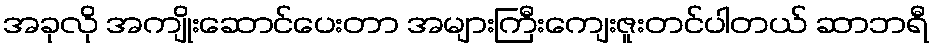
အခုလို အကျိုးဆောင်ပေးတာ အများကြီးကျေးဇူးတင်ပါတယ် ဆာဘရီ